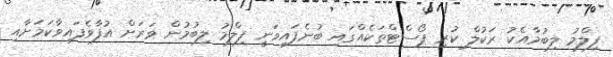
ފިލްމު ލިބުމާއެކު ރަކުލް ކުރި ޕޯސްޓްތަކެއްގައި ބުނެފައިވަނީ ފިލްމު ލިބުމުން ވަރަށް އުފާވެފައިވާކަމަށާއި